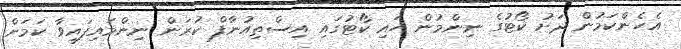
އެހެންކަމުން ދަށު ކޯޓުގެ ނިންމުން ހައި ކޯޓުގައި އިސްތިއުނާފް ކުރަން ނިންމައިފައިވާ ކަމަށް